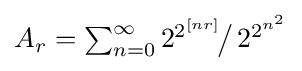
A_{r}=\textstyle \sum _{n=0}^{\infty }2^{2^{[nr]}}\!{\big /}\,2^{2^{n^{2}}}